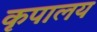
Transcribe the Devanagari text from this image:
कृपालय